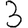
Digit: 3